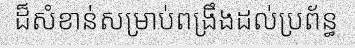
ដ៏សំខាន់សម្រាប់ពង្រឹងដល់ប្រព័ន្ធ